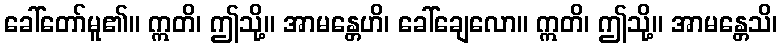
ခေါ်တော်မူ၏။ ဣတိ၊ ဤသို့။ အာမန္တေဟိ၊ ခေါ်ချေလော။ ဣတိ၊ ဤသို့။ အာမန္တေသိ၊